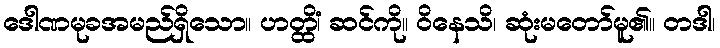
ဒေါဏမုခအမည်ရှိသော။ ဟတ္ထိံ၊ ဆင်ကို။ ဝိနေသိ၊ ဆုံးမတော်မူ၏။ တဒါ၊